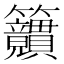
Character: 𥸜